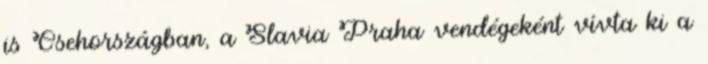
is Csehországban, a Slavia Praha vendégeként vívta ki a